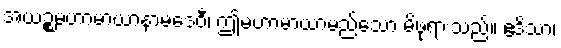
အယဉ္စမဟာမာယာနာမဒေဝီ၊ ဤမဟာမာယာမည်သော မိဖုရားသည်။ ဧဒိသာ၊